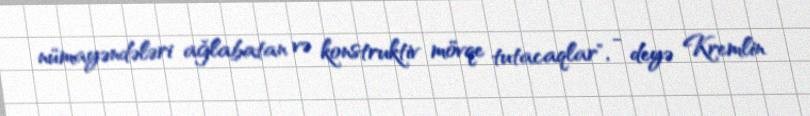
nümayəndələri ağlabatan və konstruktiv mövqe tutacaqlar", - deyə Kremlin